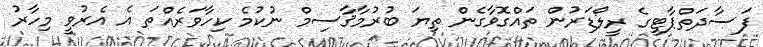
ފަސާދަތްޕާޓީގެ ރީލޯޑަރުން ތައްގޮވާގެން ތިޔަ ބުރުމާޤާސިމް ނުކުމެ ކިހާވަރެއްތަ އެ އެރުވީ މިހާރު